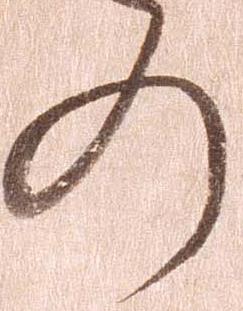
の